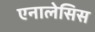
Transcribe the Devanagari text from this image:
एनालेसिस